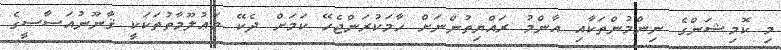
މި ކޮމިޝަންގެ ނިންމުންތަކާއި އާންމު ރައްޔިތުންނަށް ހާމަކުރަންޖެހޭ ކަމަށް ދެކޭ މަޢުލޫމާތުތަކަކީ ޤާނޫނުއަސާސީގެ